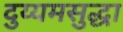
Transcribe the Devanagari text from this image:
दुय्यमसुद्धा